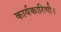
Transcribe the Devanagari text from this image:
कार्यकारिणी।